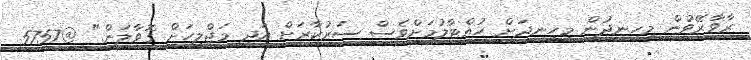
ރާވާރޭވުން މިހިނދުން މިހިނދަށް ހުއްޓާލުމަށްވެސް ސަރުކާރަށް އަދި މަޖްލީހަށް ގޮވާލަން." @5757